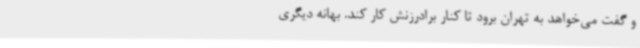
و گفت می‌خواهد به تهران برود تا کنار برادرزنش کار کند. بهانه دیگری